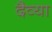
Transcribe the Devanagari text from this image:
दैव्या